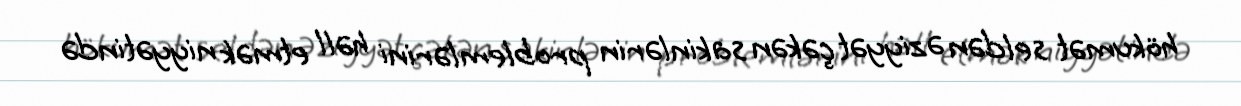
hökumət seldən əziyyət çəkən sakinlərin problemlərini həll etmək niyyətində